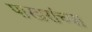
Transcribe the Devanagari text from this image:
पाखरांच्या